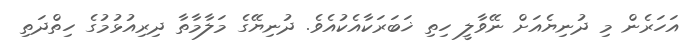
އަހަރެން މި ދުނިޔެއަށް ނޭވާލީ ހިތި ޚަބަރަކާއެކުއެވެ. ދުނިޔޭގެ މަލާމާތާ ދިރިއުޅުމުގެ ހިތްދަތި